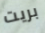
بريت